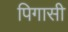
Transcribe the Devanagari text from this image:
पिगासी